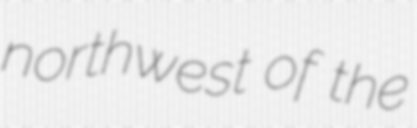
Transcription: northwest of the